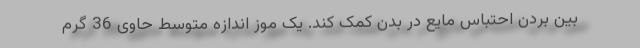
بین بردن احتباس مایع در بدن کمک کند. یک موز اندازه متوسط حاوی 36 گرم